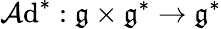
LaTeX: \operatorname{\mathcal{A}d}^{*}:\mathfrak{{g}}\times\mathfrak{{g}}^{*}\to\mathfrak{{g}}^{*}